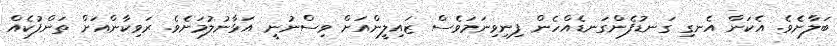
ބަލާށެވެ. އެކަން އެނގި ގަނޑުފެންގަނޑެއްހެން ފިނިވިނަމަވެސް ޒައިލީންއަށް ވިސްނުނީ އަޅާނުލުމަށެވެ. ރަވިކާންއަށް ތަންފުކެއް